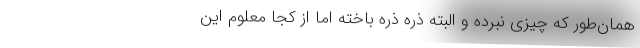
همان‌طور که چیزی نبرده و البته ذره ذره باخته اما از کجا معلوم این